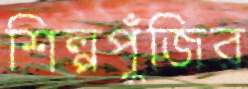
শিল্পপুঁজির